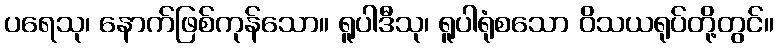
ပရေသု၊ နောက်ဖြစ်ကုန်သော။ ရူပါဒီသု၊ ရူပါရုံစသော ဝိသယရုပ်တို့တွင်။